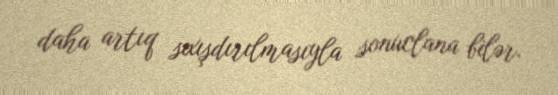
daha artıq sıxışdırılmasıyla sonuclana bilər.